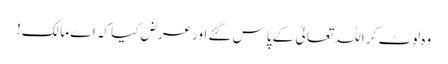
وہ لوٹ کر اللہ تعالیٰ کے پاس گئے اور عرض کیا کہ اے مالک!